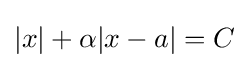
|x|+\alpha |x-a|=C